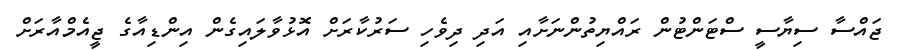
ޖައްސާ ސިޔާސީ ސްޓަންޓުން ރައްޔިތުންނަށާއި އަދި ދިވެހި ސަރުކާރަށް އޮޅުވާލައިގެން އިންޑިއާގެ ޖީއެމްއާރަށް